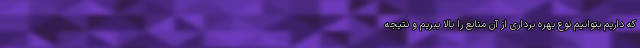
که داریم بتوانیم نوع بهره برداری از آن منابع را بالا ببریم و نتیجه